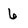
Character: 6